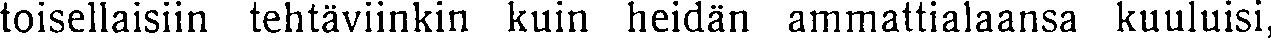
toisellaisiin tehtäviinkin kuin heidän ammattialaansa kuuluisi,